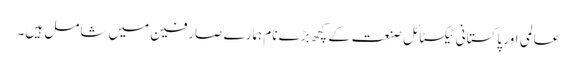
عالمی اور پاکستانی ٹیکسٹائل صنعت کے کچھ بڑے نام ہمارے صارفین میں شامل ہیں۔